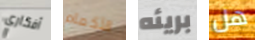
أفكاري الأكمام بريئه هل